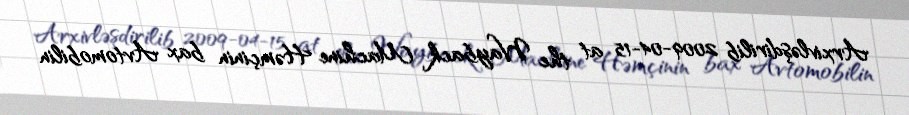
Arxivləşdirilib 2009-04-15 at the Wayback Machine Həmçinin bax Avtomobilin